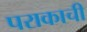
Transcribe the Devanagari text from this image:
पराकाची